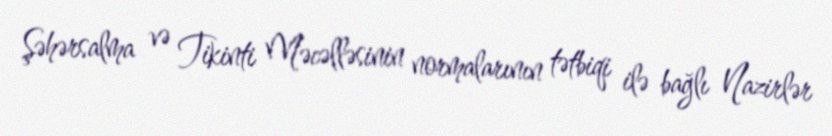
Şəhərsalma və Tikinti Məcəlləsinin normalarının tətbiqi ilə bağlı Nazirlər